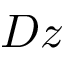
D z